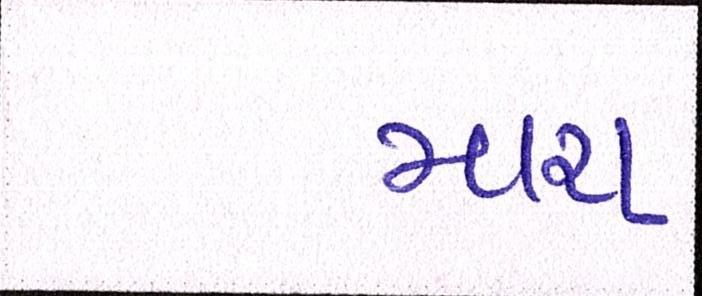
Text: મારા